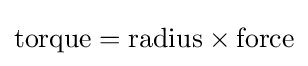
{\text{torque}}={\text{radius}}\times {\text{force}}